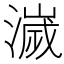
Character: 𣿄